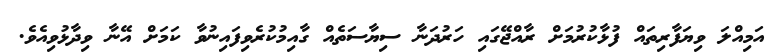
އަމިއްލަ ވިޔަފާރިތައް ފުޅާކުރުމަށް ރާއްޖޭގައި ހަރުދަނާ ސިޔާސަތެއް ގާއިމުކުރެވިފައިނުވާ ކަމަށް އޭނާ ވިދާޅުވިއެވެ.